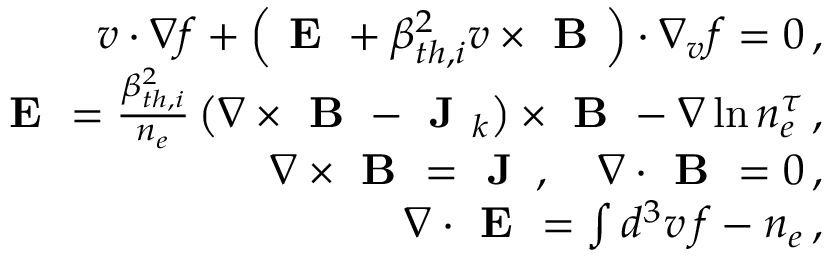
\begin{array} { r l r } & { } & { \boldsymbol { v } \cdot \nabla f + \left( \textbf { E } + \beta _ { t h , i } ^ { 2 } \boldsymbol { v } \times \textbf { B } \right) \cdot \nabla _ { v } f = 0 \, , } \\ & { } & { \textbf { E } = \frac { \beta _ { t h , i } ^ { 2 } } { n _ { e } } \left( \nabla \times \textbf { B } - \textbf { J } _ { k } \right) \times \textbf { B } - \nabla \ln n _ { e } ^ { \tau } \, , } \\ & { } & { \nabla \times \textbf { B } = \textbf { J } \, , \quad \nabla \cdot \textbf { B } = 0 \, , } \\ & { } & { \nabla \cdot \textbf { E } = \int d ^ { 3 } v \, f - n _ { e } \, , } \end{array}